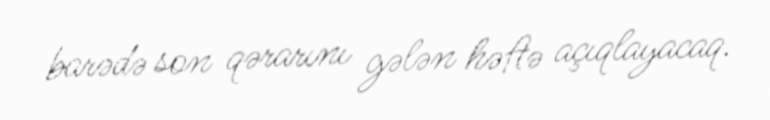
barədə son qərarını gələn həftə açıqlayacaq.